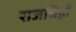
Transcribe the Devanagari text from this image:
राजचिह्रों